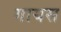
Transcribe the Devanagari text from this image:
गायस